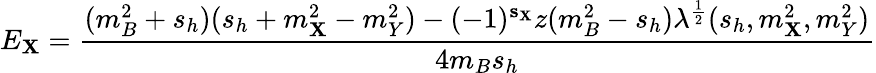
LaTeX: E_{\mathbf{X}}={\frac{{(m_{B}^{2}+s_{h})(s_{h}+m_{\mathbf{X}}^{2}-m_{Y}^{2})-(-1)^{{\mathbf{s}}_{\mathbf{X}}}z(m_{B}^{2}-s_{h})\lambda^{\frac{{1}}{{2}}}(s_{h},m_{\mathbf{X}}^{2},m_{Y}^{2})}}{{4m_{B}s_{h}}}}